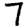
Digit: 7